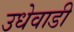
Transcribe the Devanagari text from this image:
उधेवाडी